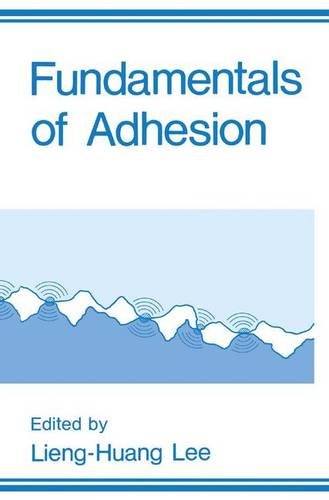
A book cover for Fundamentals of Adhesion (New Horizons in Therapeutics); Engineering & Transportation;